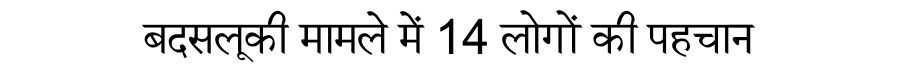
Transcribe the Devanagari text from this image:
बदसलूकी मामले में 14 लोगों की पहचान